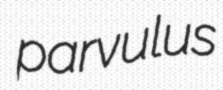
parvulus